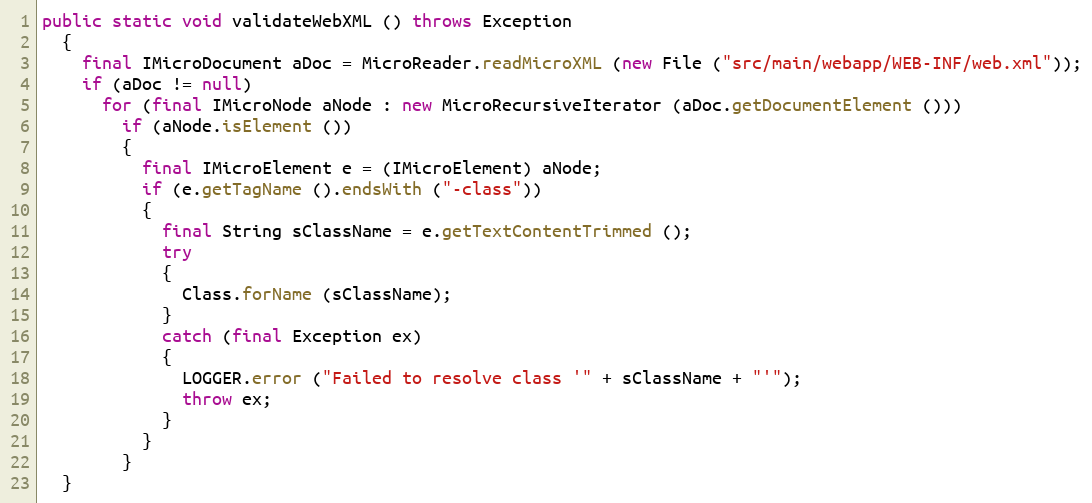
Language: Java
public static void validateWebXML () throws Exception
  {
    final IMicroDocument aDoc = MicroReader.readMicroXML (new File ("src/main/webapp/WEB-INF/web.xml"));
    if (aDoc != null)
      for (final IMicroNode aNode : new MicroRecursiveIterator (aDoc.getDocumentElement ()))
        if (aNode.isElement ())
        {
          final IMicroElement e = (IMicroElement) aNode;
          if (e.getTagName ().endsWith ("-class"))
          {
            final String sClassName = e.getTextContentTrimmed ();
            try
            {
              Class.forName (sClassName);
            }
            catch (final Exception ex)
            {
              LOGGER.error ("Failed to resolve class '" + sClassName + "'");
              throw ex;
            }
          }
        }
  }